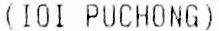
(IOI PUCHONG)